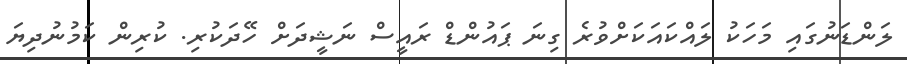
ލަންޑަނުގައި މަހަކު ލައްކައަކަށްވުރެ ގިނަ ޕައުންޑް ރައީސް ނަޝީދަށް ހޭދަކުރި. ކުރިން ކަމުނުދިޔަ